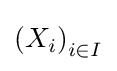
\left(X_{i}\right)_{i\in I}